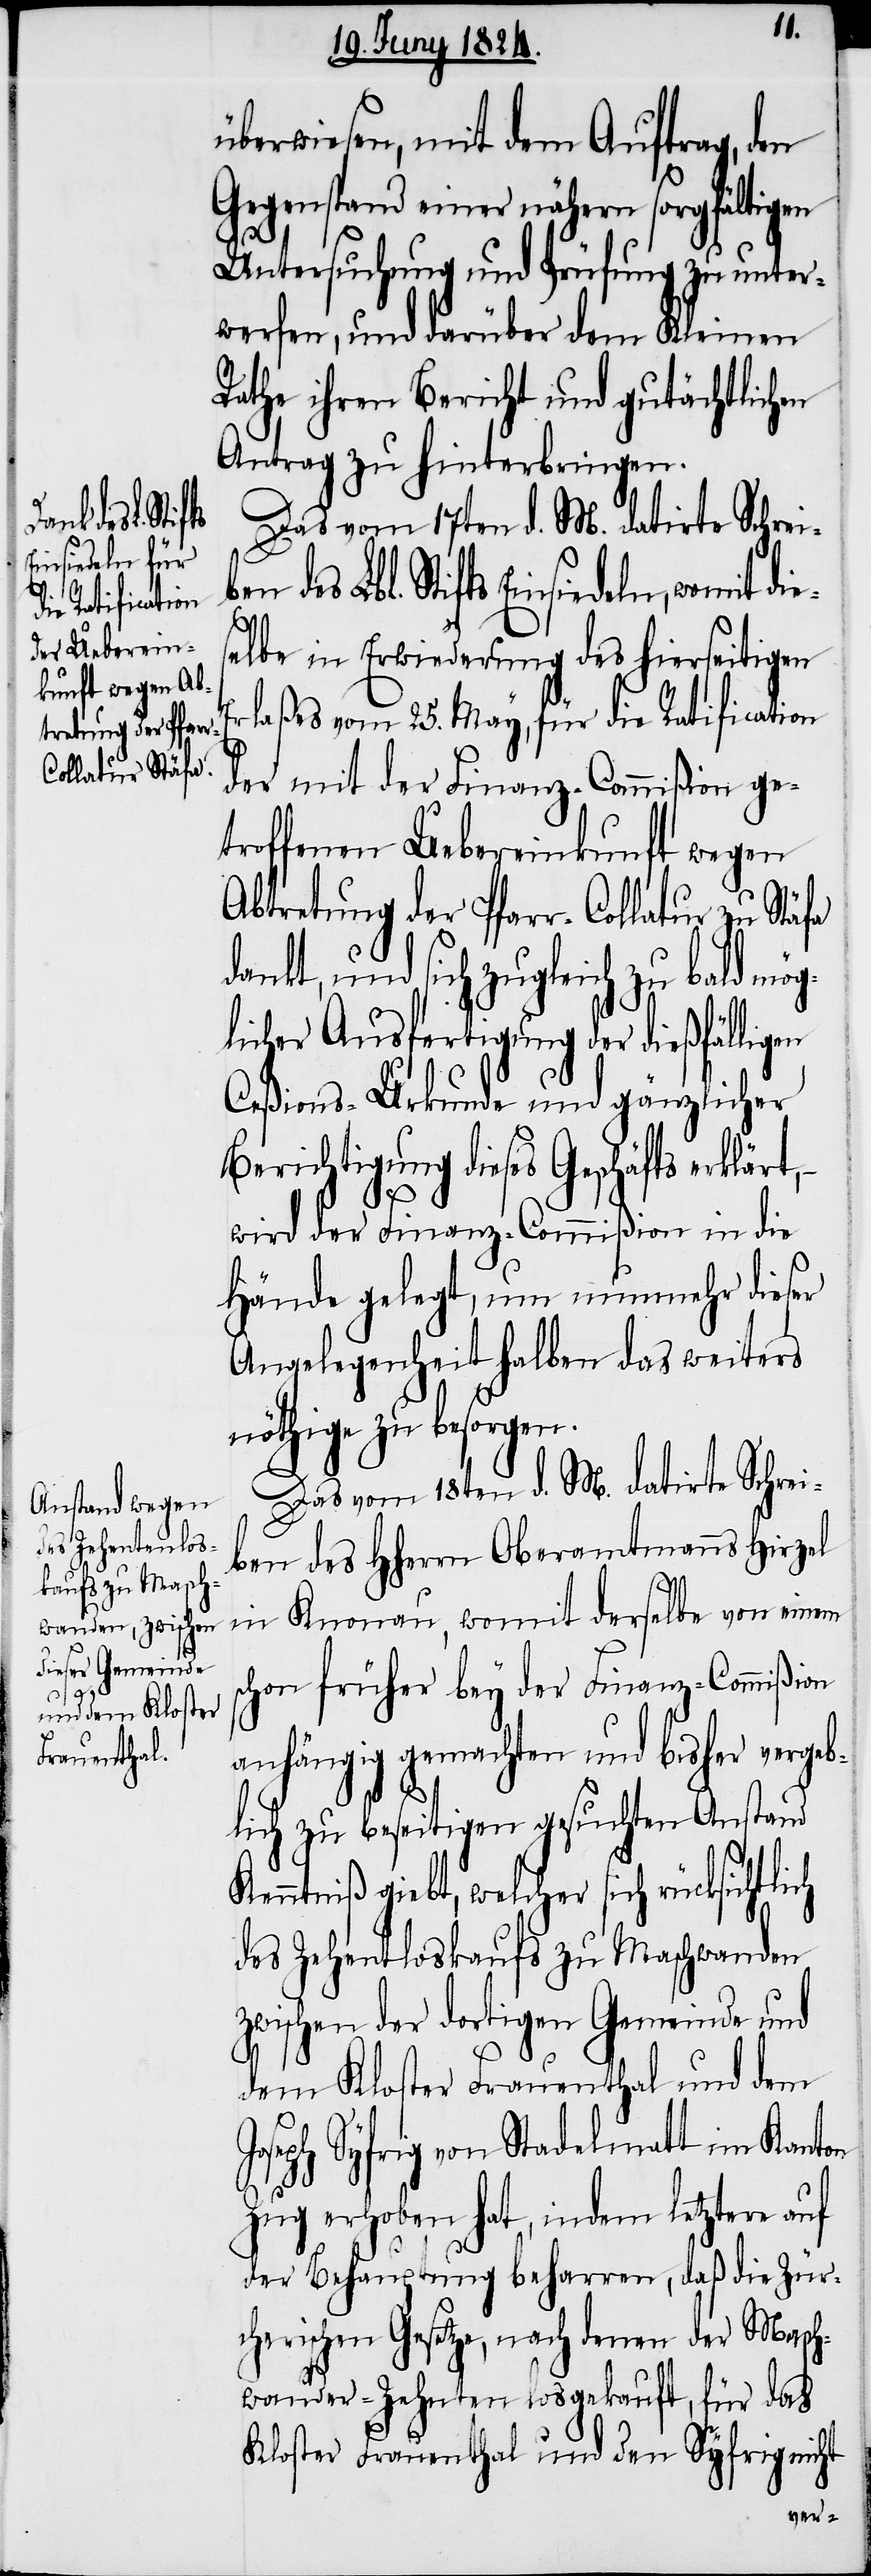
womit dies¬
J¬
ich

überwiesen, mit dem Auftrag, den
Gegenstand einer nähern sorgfältigen
Untersuchung und Prüfung zu unter¬
werfen, und darüber dem Kleinen
Rathe ihren Bericht und gutächtlichen
Antrag zu hinterbringen.
Das vom 17ten d. M. datirte Schrei¬
en des Lbl. Stifts Einsiedeln,
elbe in Erwiederung des hierseitigen
rlaßes vom 25. May, für die Ratification
der mit der Finanz-Commißion ge¬
troffenen Uebereinkunft wegen
Abtretung der Pfarr-Collatur zu Stäfa
dankt, und sich zugleich zu bald mö¬
licher Ausfertigung der dießfälligen
Ceßions-Urkunde und gänzlicher
Berichtigung dieses Geschäfts erklärt,
wird der Finanz-Commißion in die
Hände gelegt, um nunmehr dieser
Angelegenheit halben das weiters
nöthige zu besorgen.
Das vom 18ten d. M. datirte Schrei¬
ben des HHerrn Oberamtmanns Hirzel
von Knonau, womit derselbe von einem
chon früher bey der Finanz-Commißion
anhängig gemachten und bisher vergeb¬
lich zu beseitigen gesuchten Anstand
Kenntniß giebt, welcher sich rücksichtl¬
des Zehentloskaufs zu Maschwanden
zwischen der dortigen Gemeinde und
dem Kloster Frauenthal und dem
oseph Syfrig von Stadelmatt im Kanton
Zug erhoben hat, indem letztere auf
der Behauptung beharren, daß die Zür¬
cherischen Gesetze, nach denen der Masch¬
wander-Zehnten losgekauft, für das
Kloster Frauenthal und den Syfrig nicht